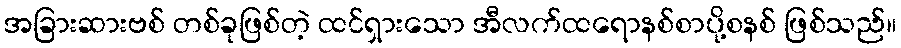
အခြားဆားဗစ် တစ်ခုဖြစ်တဲ့ ထင်ရှားသော အီလက်ထရောနစ်စာပို့စနစ် ဖြစ်သည်။